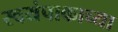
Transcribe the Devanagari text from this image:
स्वयंपाकाच्या